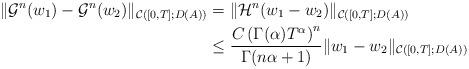
LaTeX: \begin{align*}\|\mathcal G^n(w_1)-\mathcal G^n(w_2)\|_{\mathcal C([0,T];D(A))}&=\|\mathcal H^n(w_1-w_2)\|_{\mathcal C([0,T]; D(A))} \\&\le\frac{C\left(\Gamma(\alpha)T^{\alpha}\right)^n}{\Gamma(n\alpha+1)}\|w_1-w_2\|_{\mathcal C([0,T]; D(A))}\end{align*}